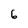
Character: 6